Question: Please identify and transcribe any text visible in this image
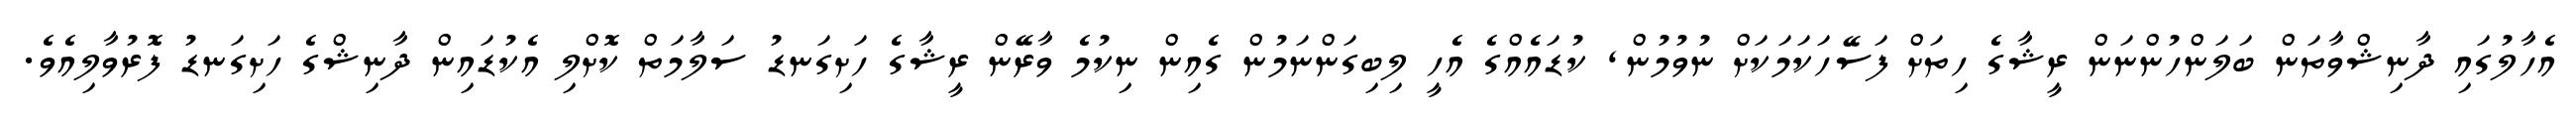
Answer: އެހާލުގައި ދާނިޝްވާތަން ބަލަންހުންނަން ރީޝާގެ ހިތަށް ފަސޭހަކަމަކަށް ނުވުމުން, ކުޑައެއްގެ އެހީ ލިބިގަންނަމުން ގެއިން ނިކުމެ ވާރޭން ރީޝާގެ ހަށިގަނޑު ސަލާމަތް ކޮށްލި އެކުޑައިން ދާނިޝްގެ ހަށިގަނޑު ފޮރުވާލިއެވެ.